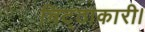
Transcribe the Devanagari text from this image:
चिट्ठाकारी।